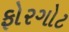
ફોરગોટ